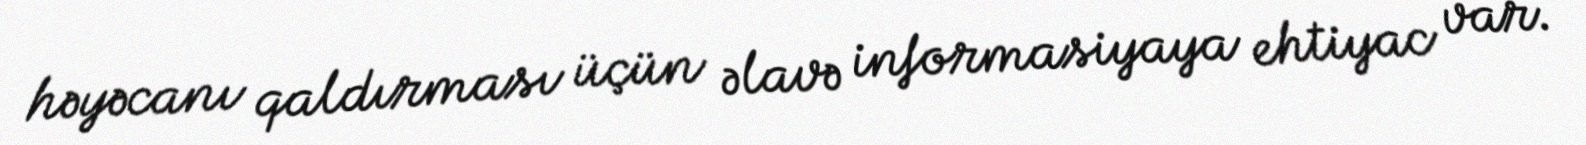
həyəcanı qaldırması üçün əlavə informasiyaya ehtiyac var.